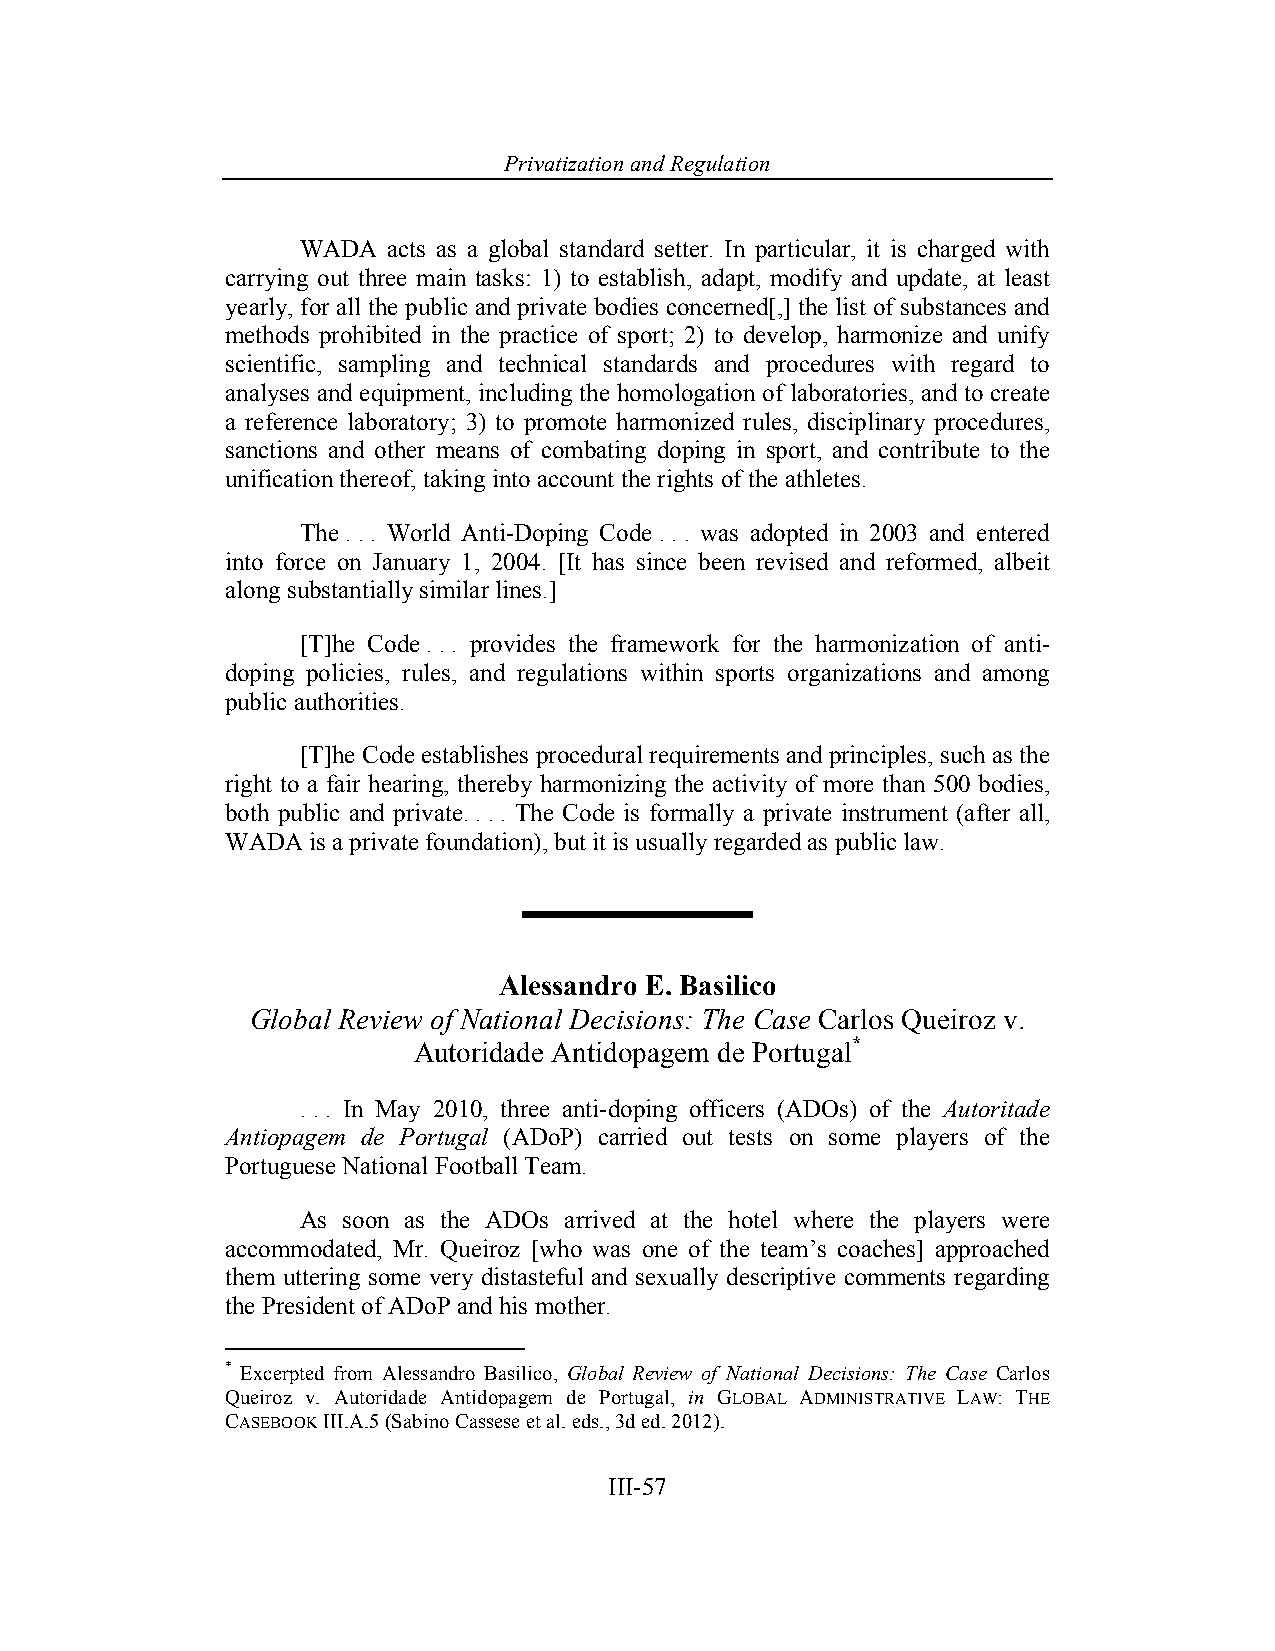
Privatization and Regulation
 WADA  acts as a global standard setter. In particular, it is charged with
 carrying out three main tasks: 1) to establish, adapt, modify and update, at least
 yearly, for all the public and private bodies concerned[,] the list of substances and
 methods prohibited in the practice of sport; 2) to develop, harmonize and unify
 scientific, sampling and technical standards and procedures with regard to
 analyses and equipment, including the homologation of laboratories, and to create
 a reference laboratory; 3) to promote harmonized rules, disciplinary procedures,
 sanctions and other means of combating doping in sport, and contribute to the
 unification thereof, taking into account the rights of the athletes.
 The . . . World Anti-Doping Code . . . was adopted in 2003 and entered
 into force on January 1, 2004. [It has since been revised and reformed, albeit
 along substantially similar lines.]
 [T]he Code . . . provides the framework for the harmonization of anti-
 doping policies, rules, and regulations within sports organizations and among
 public authorities.
 [T]he Code establishes procedural requirements and principles, such as the
 right to a fair hearing, thereby harmonizing the activity of more than 500 bodies,
 both public and private. . . . The Code is formally a private instrument (after all,
 WADA is a private foundation), but it is usually regarded as public law.
 Alessandro E. Basilico
 Global Review of National Decisions: The Case Carlos Queiroz v.
 Autoridade Antidopagem de Portugal*
 . . . In May 2010, three anti-doping officers (ADOs) of the Autoritade
 Antiopagem de Portugal (ADoP) carried out tests on some players of the
 Portuguese National Football Team.
 As soon as the ADOs arrived at the hotel where the players were
 accommodated, Mr. Queiroz [who was one of the team’s coaches] approached
 them uttering some very distasteful and sexually descriptive comments regarding
 the President of ADoP and his mother.
 * Excerpted from Alessandro Basilico, Global Review of National Decisions: The Case Carlos
 Queiroz v. Autoridade Antidopagem de Portugal, in GLOBAL ADMINISTRATIVE LAW: THE
 CASEBOOK III.A.5 (Sabino Cassese et al. eds., 3d ed. 2012).
 III-57